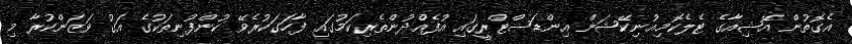
އެގޮތުން އޭޝިއާގެ ޓެލެކޮމިއުނިކޭޝަން އިންޑަސްޓްރީގައި އުފެއްދުންތެރިކަމުގައި ފާހަގަކުރެވޭ ކުންފުނިތަކުގެ އަގު ވަޒަންކުރާ މި